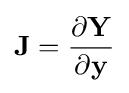
\mathbf {J} ={\frac {\partial \mathbf {Y} }{\partial \mathbf {y} }}